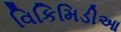
વિકિમિડીઆ